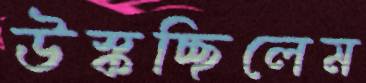
উস্‌কচ্ছিলেম